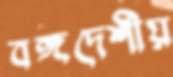
বঙ্গদেশীয়